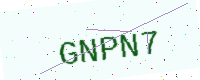
Text: GNPN7